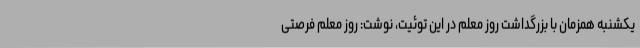
یکشنبه همزمان با بزرگداشت روز معلم در این توئیت، نوشت: روز معلم فرصتی